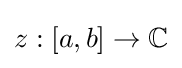
z:[a,b]\to \mathbb {C}